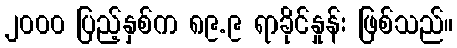
၂၀၀၀ ပြည့်နှစ်က ၈၉.၉ ရာခိုင်နှုန်း ဖြစ်သည်။